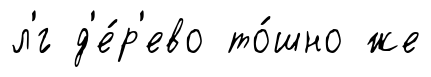
л'́г д'е́р'ево то́шно же